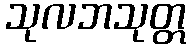
သုလဘသုတ္တ